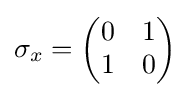
\sigma _{x}=\left({\begin{matrix}0&1\\1&0\end{matrix}}\right)